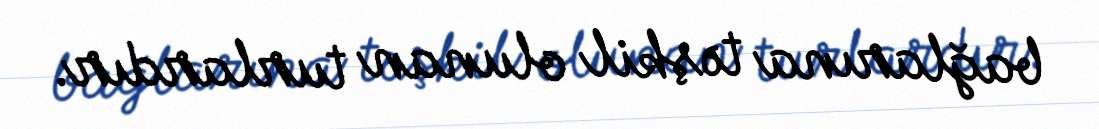
bağlarına təşkil olunan turlardır.